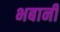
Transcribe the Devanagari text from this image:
भबानी